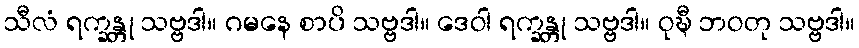
သီလံ ရက္ခန္တု သဗ္ဗဒါ။ ဂမနေ စာပိ သဗ္ဗဒါ။ ဒေဝါ ရက္ခန္တု သဗ္ဗဒါ။ ဝုဍ္ဎီ ဘဝတု သဗ္ဗဒါ။